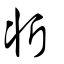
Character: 斨